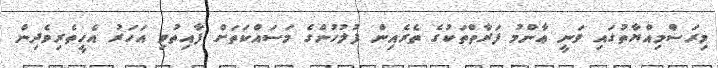
މިރަސްމިއްޔާތުގައި ވަނީ ޢާންމު ފަރާތްތަކުގެ ތެރެއިން ފުލުހުންގެ މަސައްކަތަށް ފާއިތުވި އަހަރު އެހީތެރިވެދިން